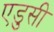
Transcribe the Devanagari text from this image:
एडुसी